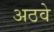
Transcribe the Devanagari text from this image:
अठवे